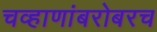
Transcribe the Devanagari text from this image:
चव्हाणांबरोबरच